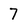
Character: 7